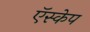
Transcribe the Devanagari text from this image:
ऍस्केप